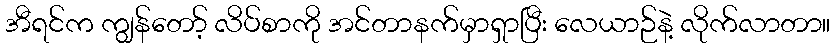
အီရင်က ကျွန်တော့် လိပ်စာကို အင်တာနက်မှာရှာပြီး လေယာဉ်နဲ့ လိုက်လာတာ။